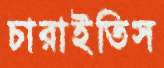
চারাইতিস